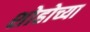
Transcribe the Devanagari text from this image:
शोहोच्या